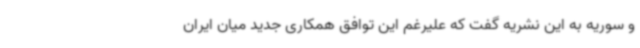
و سوریه به این نشریه گفت که علیرغم این توافق همکاری جدید میان ایران